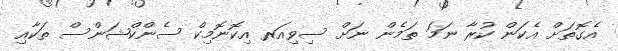
އެގޮތަށް އެކަން ކުރާ ނަމަ ތަމެން ނަށް ސިވިއަރ އިކޮނޮމިކް ސެންކްޝަންސް ތަކާއި